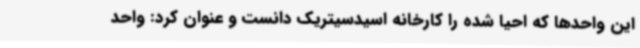
این واحدها که احیا شده را کارخانه اسیدسیتریک دانست و عنوان کرد: واحد